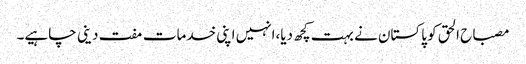
مصباح الحق کو پاکستان نے بہت کچھ دیا،انہیں اپنی خدمات مفت دینی چاہیے۔